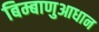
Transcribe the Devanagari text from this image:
बिम्बाणुआधान